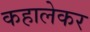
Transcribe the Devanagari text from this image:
कहालेकर